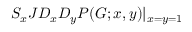
S _ { x } J D _ { x } D _ { y } P ( G ; x , y ) | _ { x = y = 1 }